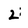
Character: 2